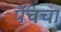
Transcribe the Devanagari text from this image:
पेंचचा